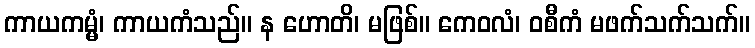
ကာယကမ္မံ၊ ကာယကံသည်။ န ဟောတိ၊ မဖြစ်။ ကေဝလံ၊ ဝစီကံ မဖက်သက်သက်။